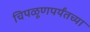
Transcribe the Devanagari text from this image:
चिपळूणपर्यंतच्या